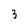
Character: 3